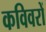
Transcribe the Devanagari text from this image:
कविवरों